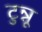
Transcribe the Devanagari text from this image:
टुन्नू